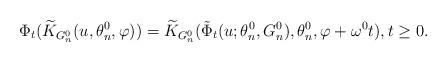
LaTeX: \begin{align*}\Phi_t ( \widetilde K_{ G_n^0}(u,\theta_n^0,\varphi)) = \widetilde K_{ G_n^0}(\tilde \Phi_t (u;\theta_n^0,G_n^0),\theta_n^0,\varphi + \omega^0 t), t \ge 0.\end{align*}